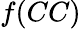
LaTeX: f(CC)